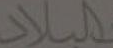
البلاد